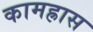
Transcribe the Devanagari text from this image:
कामह्रास